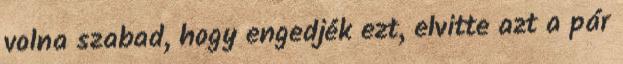
volna szabad, hogy engedjék ezt, elvitte azt a pár